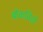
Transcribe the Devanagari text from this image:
ब्रोकविले